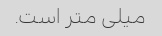
میلی متر است.